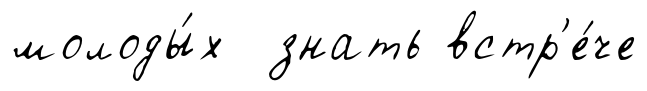
молоды́х знать встр'е́че